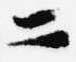
二